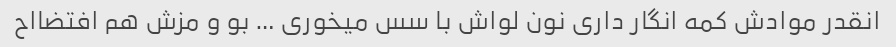
انقدر موادش کمه انگار داری نون لواش با سس میخوری … بو و مزش هم افتضااح